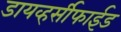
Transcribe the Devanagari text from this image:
डायव्हर्सीफाईड